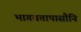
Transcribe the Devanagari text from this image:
भागवतापासौनि